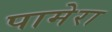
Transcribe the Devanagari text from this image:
पामेरा